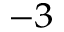
^ { - 3 }